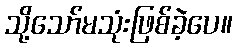
သို့သော်မသုံးဖြစ်ခဲ့ပေ။